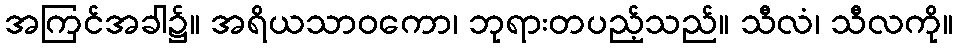
အကြင်အခါ၌။ အရိယသာဝကော၊ ဘုရားတပည့်သည်။ သီလံ၊ သီလကို။